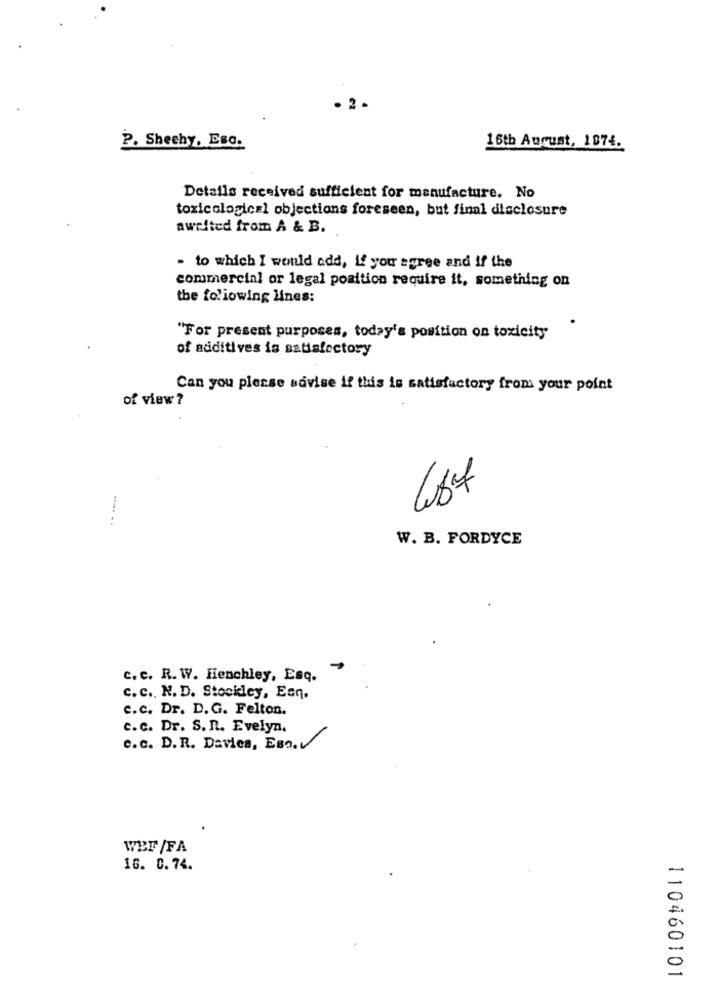
· 2 -
2. Sheehy, Esc.
16th August, 1974.
Details received sufficient for manufacture. No
toxicological objections foreseen, but final disclosure
awrited from A & B.
- to which I wenld add, if you agree and if the
commercial or legal position require it, something on
the following lines:
"For present purposes, today's position on toxicity
of additives is satisfactory
Can you please savise if this is satisfactory from your point
of view ?
W. B. FORDYCE
c. e. R. W. Henchley, Esq.
c. c ., N. D. Stockley, Esq.
c.c. Dr. D.G. Felton.
c. c. Dr. S. R. Evelyn.
c.c. D. R. Davies, Eso.v
WEE /FA
16. 0.74.
110460101